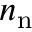
n _ { \mathrm { n } }